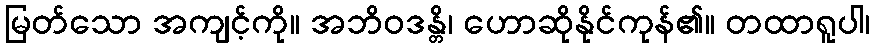
မြတ်သော အကျင့်ကို။ အဘိဝဒန္တိ၊ ဟောဆိုနိုင်ကုန်၏။ တထာရူပါ၊